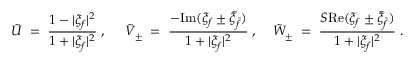
\tilde { \cal U } \; = \; \frac { 1 - | \xi _ { f } | ^ { 2 } } { 1 + | \xi _ { f } | ^ { 2 } } \; , \; \; \; \; \; \tilde { \cal V } _ { \pm } \; = \; \frac { - \mathrm { I m } ( \xi _ { f } \pm \bar { \xi } _ { \bar { f } } ) } { 1 + | \xi _ { f } | ^ { 2 } } \; , \; \; \; \; \tilde { \cal W } _ { \pm } \; = \; \frac { { \cal S } \mathrm { R e } ( \xi _ { f } \pm \bar { \xi } _ { \bar { f } } ) } { 1 + | \xi _ { f } | ^ { 2 } } \; .